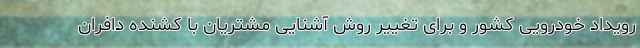
رویداد خودرویی کشور و برای تغییر روش آشنایی مشتریان با کشنده دافران